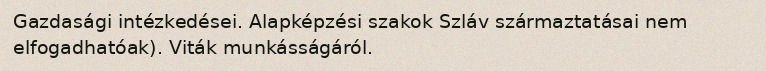
Gazdasági intézkedései. Alapképzési szakok Szláv származtatásai nem elfogadhatóak). Viták munkásságáról.